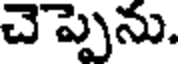
చెప్పెను.